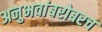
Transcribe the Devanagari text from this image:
अनुभवांबरोबरच